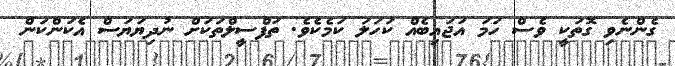
ގެންނެވި ގޮތަކީ ވެސް ހަމަ އަޖައިބެއް ކަހަލަ ކަމެކެވެ. ތަފްސީލްތަކަށް ނުދިޔަޔަސް އެކަންކަން